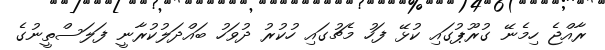
ރާއްޖެ ހިމެނޭ ގުރޫޕުގައި ކުޅޭ ފަހު މެޗުގައި ހުކުރު ދުވަހު ބައްދަލުކުރާނީ ފަލަސްތީނުގެ